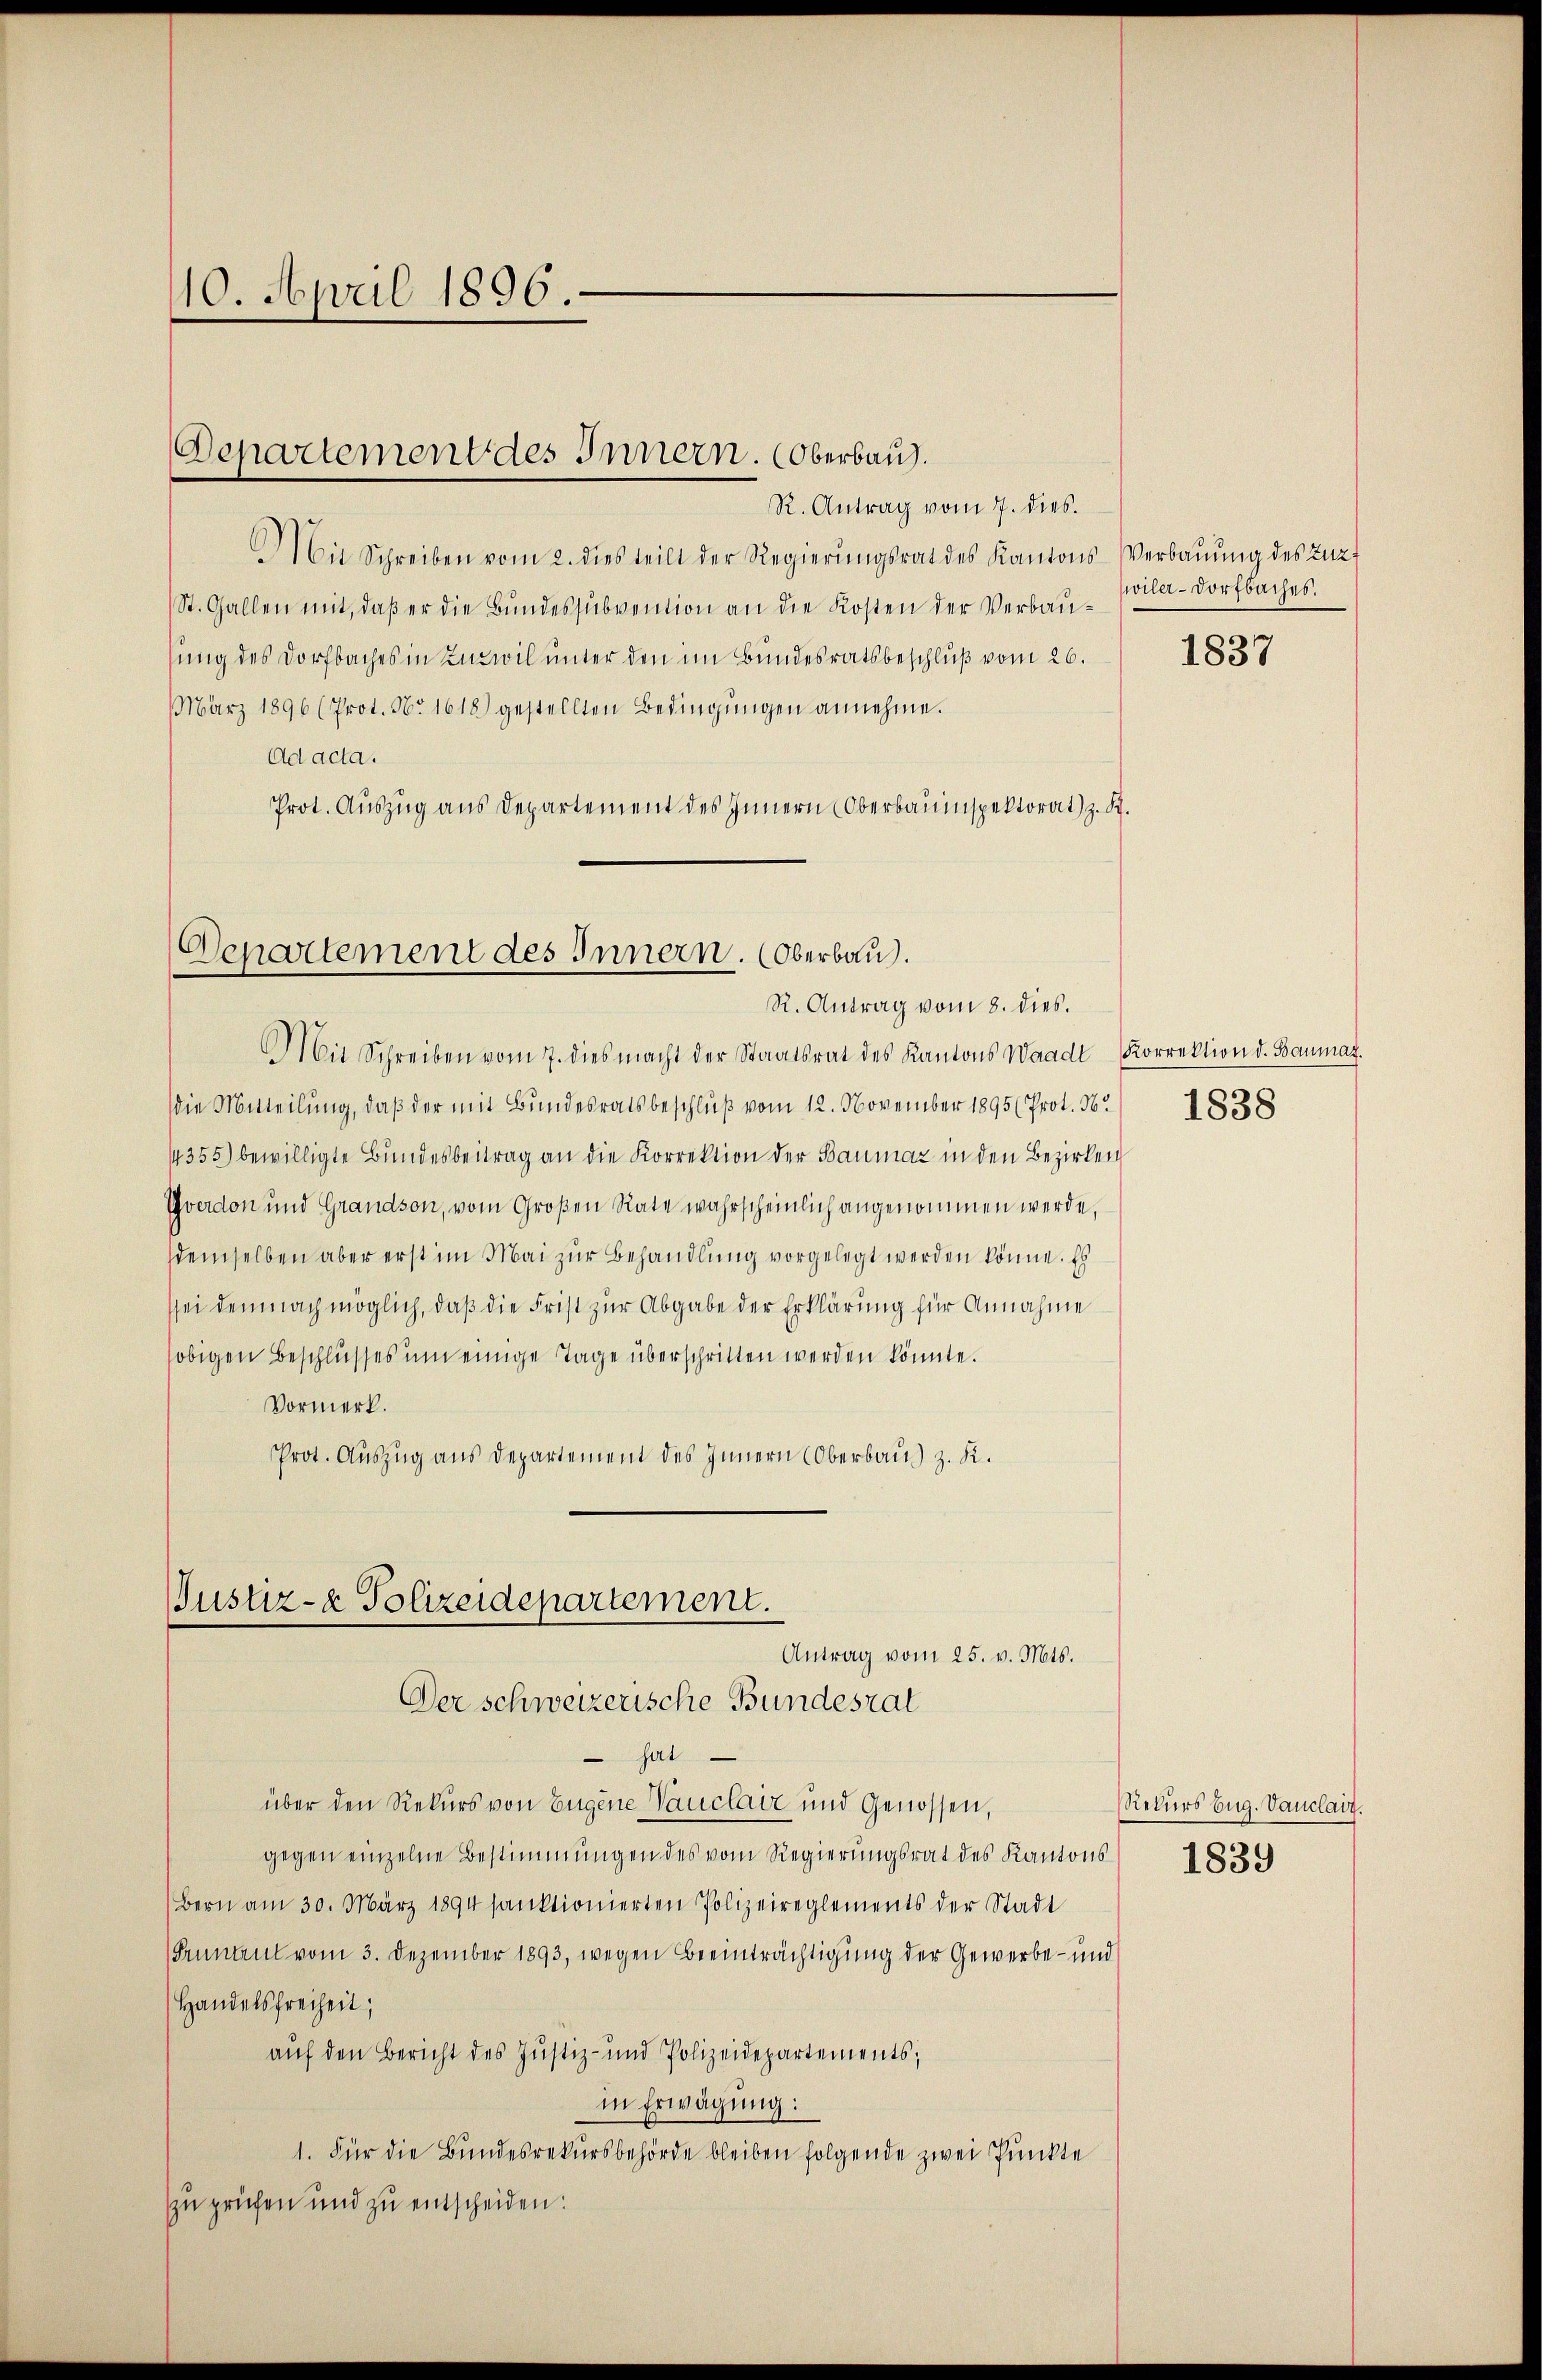
10. April 1896.

Departement des Innern. Oberbau.

R. Antrag vom 7. dies.
Mit Schreiben vom 2. dies teilt der Regierŭngsrat des Kantons-Verbaŭŭng des Zuz
St. Gallen mit, daß er die Bundessubvention an die Kosten der Verbausung des Dorfbaches in Zuzwil unter den im Bundesratsbeschluß vom 26.
März 1896 (Prot. No. 1618) gestellten Bedingungen annehme.
Ad acta.
Prot. Aŭszŭg ans Departement des Innern (Oberbauinspektorat) z. K.

Departement des Innern. (Oberbau.
R. Antrag vom 8. dies.

Mit Schreiben vom 7. dies macht der Staatsrat des Kantons Waadt Korrektion d. Baumaz.
die Mitteilung, daß der mit Bundesratsbeschlŭβ vom 12. November 1895 (Prot. N. 1838
4355) bewilligte Bundesbeitrag an die Korrektion der Baumaz in den Bezirken
Yverdon und Grandson, vom Großen Rate wahrscheinlich angenommen werde,
demselben aber erst im Mai zur Behandlung vorgelegt werden könne. Es
sei demnach möglich, daß die Frist zur Abgabe der Erklärung für Annahme
sobigen Beschlusses um einige Tage überschritten werden könnte.
Vormerk.
Prot. Auszug aus Departement des Innern Oberbau) z. K.

Justiz- & Polizeidepartement.
Antrag vom 25. v. Mts.
Der schweizerische Bundesrat

sat
über den Rekurs von Eugene Vauclair und Genossen,
gegen einzelne Bestimmungen des vom Regierungsrat des Kantons
Bern am 30. März 1894 sanktionierten Polizeireglements der Stadt
Pruntrut vom 3. Dezember 1893, wegen Beeinträchtigung der Gewerbe- und
Handelsfreiheit;
auf den Bericht des Justiz- und Polizeidepartements;
in Erwägung:
1. Für die Bundesrekursbehörde bleiben folgende zwei Punkte
zu prüfen und zu entscheiden:

wiler- Dorfbaches.

1837

Rekurs bug. Vauclait.
1839